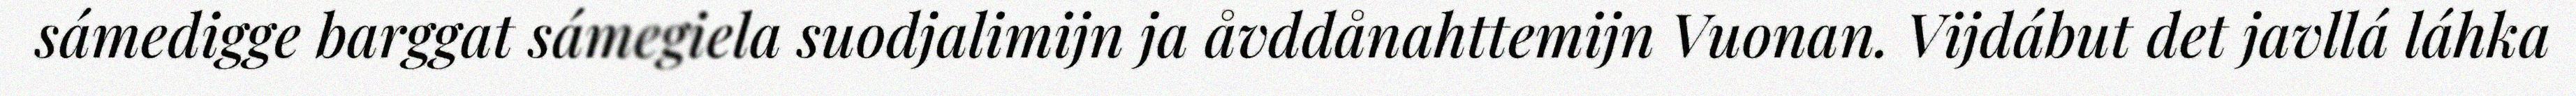
sámedigge barggat sámegiela suodjalimijn ja åvddånahttemijn Vuonan. Vijdábut det javllá láhka